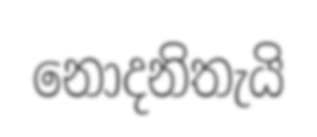
නොදනිතැයි